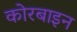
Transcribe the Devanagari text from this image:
कोरबाइन